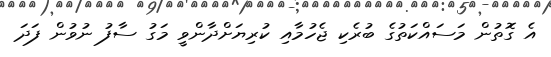
އެ ގޮތުން މަސައްކަތުގެ ބުރެކި ޖެހުމާއި ކުރިޔަށްދާންވީ މަގު ސާފު ނުވުން ފަދަ